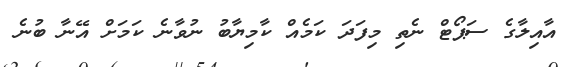
އާއިލާގެ ސަޕޯޓް ނެތި މިފަދަ ކަމެއް ކާމިޔާބު ނުވާނެ ކަމަށް އޭނާ ބުނެ